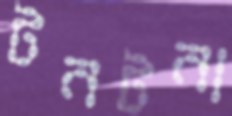
টনটনা